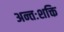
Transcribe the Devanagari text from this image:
अन्तःशक्ति